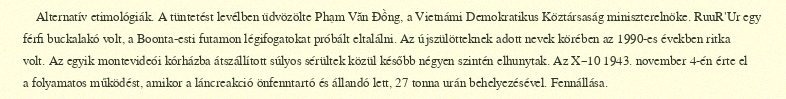
Alternatív etimológiák. A tüntetést levélben üdvözölte Phạm Văn Đồng, a Vietnámi Demokratikus Köztársaság miniszterelnöke. RuuR'Ur egy férfi buckalakó volt, a Boonta-esti futamon légifogatokat próbált eltalálni. Az újszülötteknek adott nevek körében az 1990-es években ritka volt. Az egyik montevideói kórházba átszállított súlyos sérültek közül később négyen szintén elhunytak. Az X–10 1943. november 4-én érte el a folyamatos működést, amikor a láncreakció önfenntartó és állandó lett, 27 tonna urán behelyezésével. Fennállása.